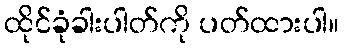
ထိုင်ခုံခါးပါတ်ကို ပတ်ထားပါ။